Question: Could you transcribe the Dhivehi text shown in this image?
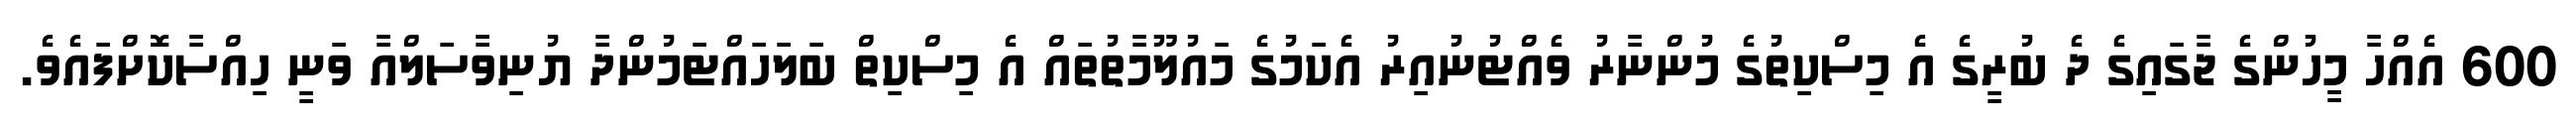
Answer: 600 އެއްހާ މީހުންގެ ޖާގައިގެ ދެ ބުރީގެ އެ މިސްކިތުގެ މުންނާރު ވެއްޓުނުއިރު އެކަމުގެ މައުލޫމާތުތައް އެ މިސްކިތް ބަލަހައްޓަމުންދާ ޔުނިވާސަލްއާ ވަނީ ހިއްސާކޮށްފައެވެ.